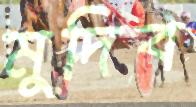
মুদিব